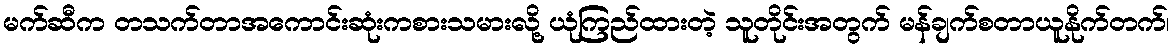
မက်ဆီက တသက်တာအကောင်းဆုံးကစားသမားလို့ ယုံကြည်ထားတဲ့ သူတိုင်းအတွက် မန်ချက်စတာယူနိုက်တက်၊